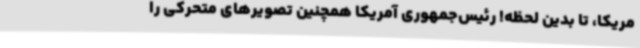
مریکا، تا بدین لحظه! رئیس‌جمهوری آمریکا همچنین تصویرهای متحرکی را